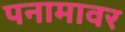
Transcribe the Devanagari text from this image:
पनामावर